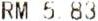
RM 5.83